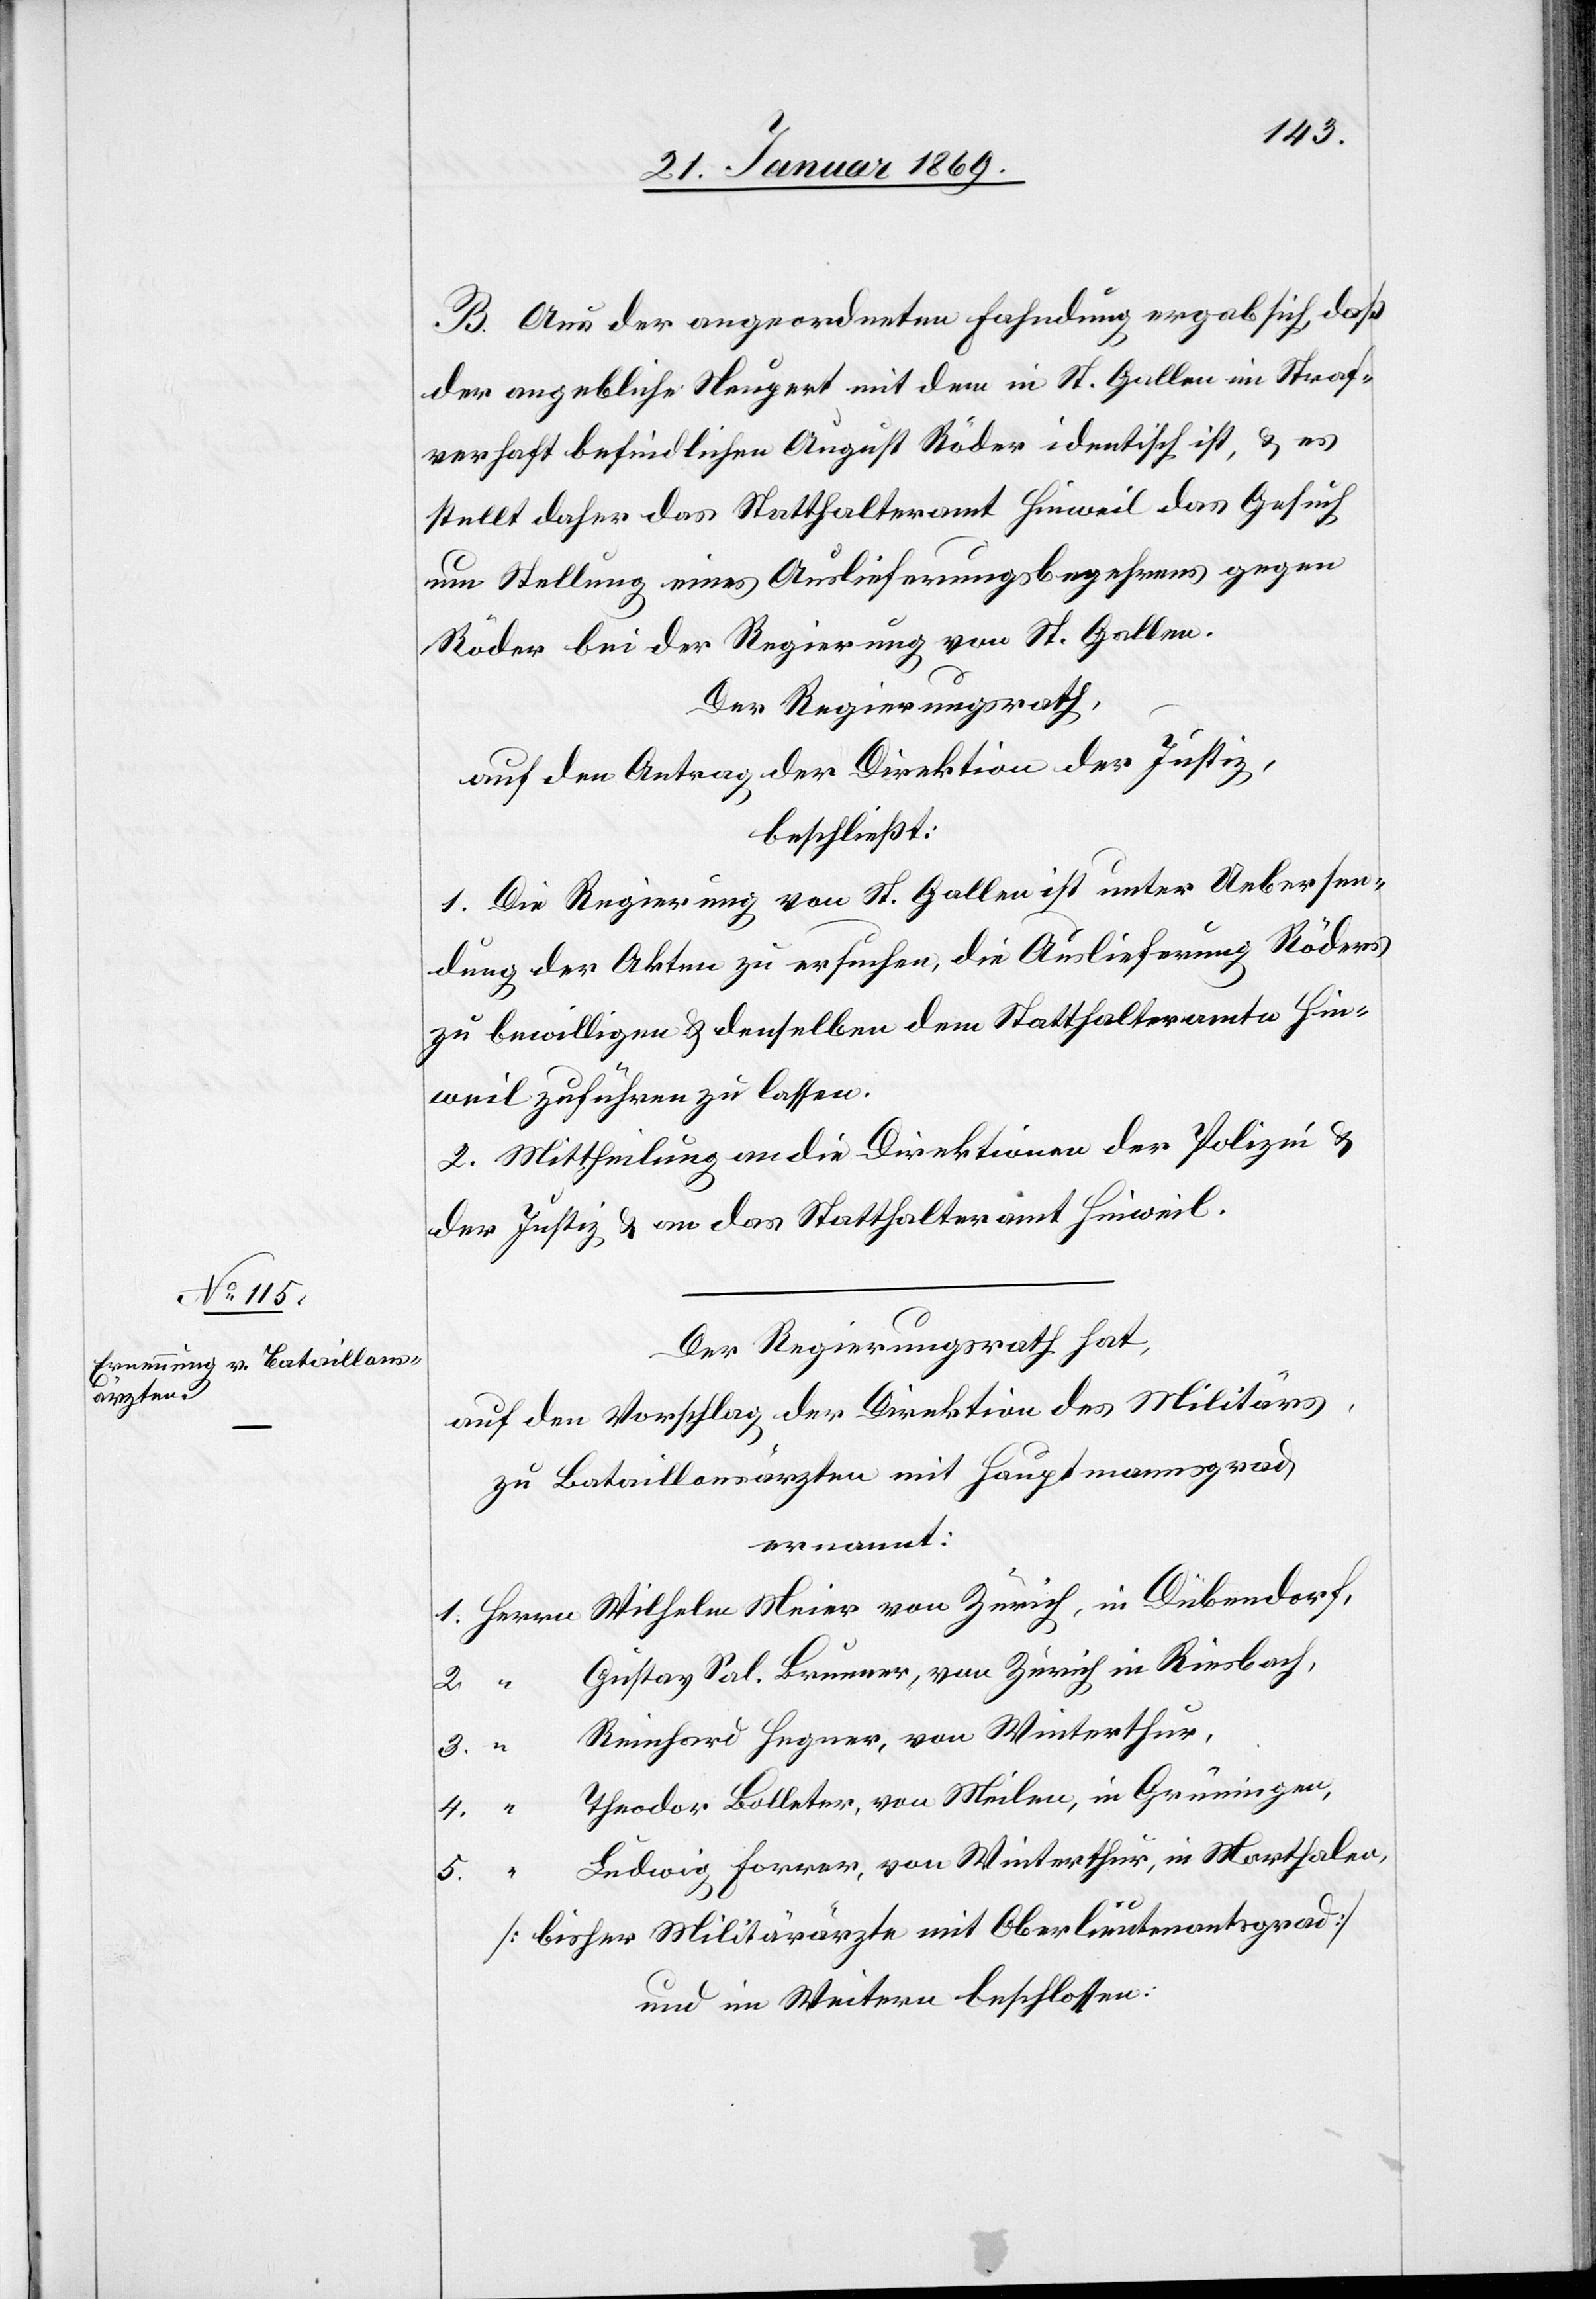
B. Aus der angeordneten Fahndung ergab sich, daß
der angebliche Neupert [sic!] mit dem in St. Gallen in Straf¬
verhaft befindlichen August Röder identisch ist, & es
stellt daher das Statthalteramt Hinweil das Gesuch
um Stellung eines Auslieferungsbegehrens gegen
Röder bei der Regierung von St. Gallen.
Der Regierungsrath,
auf den Antrag der Direktion der Justiz,
beschließt:
1. Die Regierung von St. Gallen ist unter Uebersen¬
dung der Akten zu ersuchen, die Auslieferung Röders
zu bewilligen & denselben dem Statthalteramte Hin¬
weil zuführen zu lassen.
2. Mittheilung an die Direktionen der Polizei &
der Justiz & an das Statthalteramt Hinweil.
Der Regierungsrath hat,
auf den Voranschlag der Direktion des Militärs,
zu Bataillonsärzten mit Hauptmannsgrad
ernannt:
1. Herrn Wilhelm Meier von Zürich, in Dübendorf,
Gustav Sal. Brunner, von Zürich in Riesbach,
3.
Reinhard Hegner, von Winterthur,
Theodor Bolleter, von Meilen, in Grüningen,
4.
Ludwig Forrer, von Winterthur, in Marthalen,
5.
[bisher Militärärzte mit Oberlieutnantsgrad]
und im Weitern beschlossen: